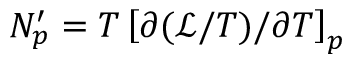
N _ { p } ^ { \prime } = T \left[ \partial ( \mathcal { L } / T ) / \partial T \right] _ { p }